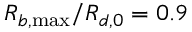
R _ { b , \operatorname* { m a x } } / R _ { d , 0 } = 0 . 9